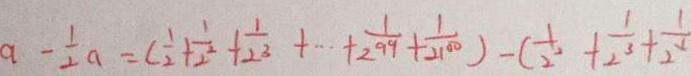
a - \frac { 1 } { 2 } a = ( \frac { 1 } { 2 } + \frac { 1 } { 2 ^ { 2 } } + \frac { 1 } { 2 ^ { 3 } } + \cdots + \frac { 1 } { 2 ^ { 9 9 } } + \frac { 1 } { 2 ^ { 1 0 0 } } ) - ( \frac { 1 } { 2 ^ { 2 } } + \frac { 1 } { 2 ^ { 3 } } + \frac { 1 } { 2 ^ { x } }